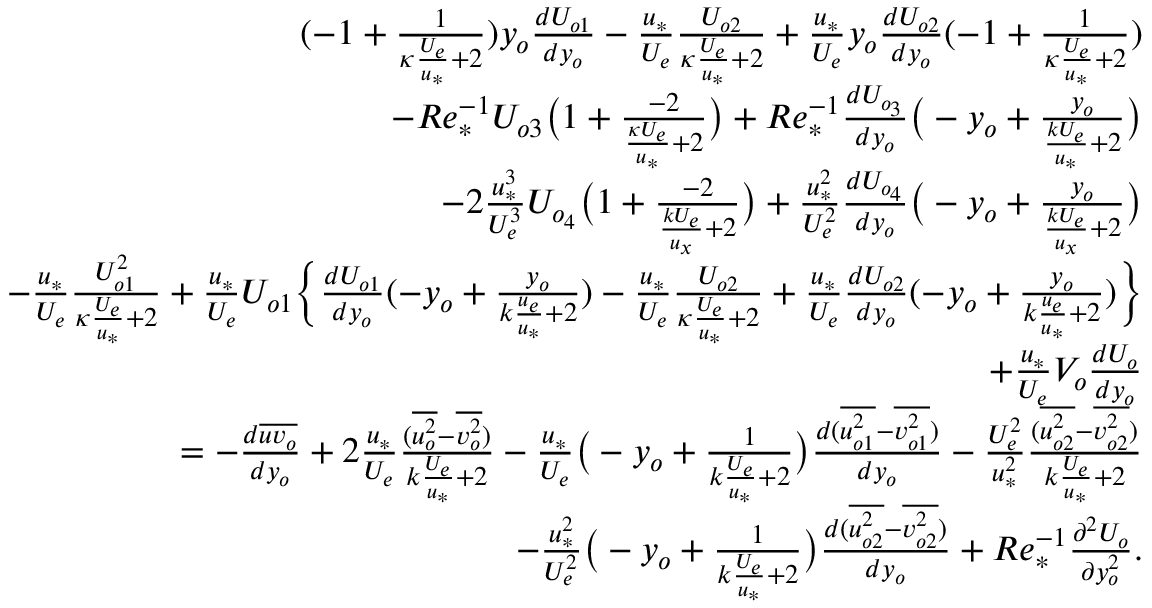
\begin{array} { r } { ( - 1 + \frac { 1 } { \kappa \frac { U _ { e } } { u _ { * } } + 2 } ) y _ { o } \frac { d U _ { o 1 } } { d y _ { o } } - \frac { u _ { * } } { U _ { e } } \frac { U _ { o 2 } } { \kappa \frac { U _ { e } } { u _ { * } } + 2 } + \frac { u _ { * } } { U _ { e } } y _ { o } \frac { d U _ { o 2 } } { d y _ { o } } ( - 1 + \frac { 1 } { \kappa \frac { U _ { e } } { u _ { * } } + 2 } ) } \\ { - R e _ { * } ^ { - 1 } U _ { o 3 } \big ( 1 + \frac { - 2 } { \frac { \kappa U _ { e } } { u _ { * } } + 2 } \big ) + R e _ { * } ^ { - 1 } \frac { d U _ { o _ { 3 } } } { d y _ { o } } \big ( - y _ { o } + \frac { y _ { o } } { \frac { k U _ { e } } { u _ { * } } + 2 } \big ) } \\ { - 2 \frac { u _ { * } ^ { 3 } } { U _ { e } ^ { 3 } } U _ { o _ { 4 } } \big ( 1 + \frac { - 2 } { \frac { k U _ { e } } { u _ { x } } + 2 } \big ) + \frac { u _ { * } ^ { 2 } } { U _ { e } ^ { 2 } } \frac { d U _ { o _ { 4 } } } { d y _ { o } } \big ( - y _ { o } + \frac { y _ { o } } { \frac { k U _ { e } } { u _ { x } } + 2 } \big ) } \\ { - \frac { u _ { * } } { U _ { e } } \frac { U _ { o 1 } ^ { 2 } } { \kappa \frac { U _ { e } } { u _ { * } } + 2 } + \frac { u _ { * } } { U _ { e } } U _ { o 1 } \Big \{ \frac { d U _ { o 1 } } { d y _ { o } } ( - y _ { o } + \frac { y _ { o } } { k \frac { u _ { e } } { u _ { * } } + 2 } ) - \frac { u _ { * } } { U _ { e } } \frac { U _ { o 2 } } { \kappa \frac { U _ { e } } { u _ { * } } + 2 } + \frac { u _ { * } } { U _ { e } } \frac { d U _ { o 2 } } { d y _ { o } } ( - y _ { o } + \frac { y _ { o } } { k \frac { u _ { e } } { u _ { * } } + 2 } ) \Big \} } \\ { + \frac { u _ { * } } { U _ { e } } V _ { o } \frac { d U _ { o } } { d y _ { o } } } \\ { = - \frac { d \overline { { u v _ { o } } } } { d y _ { o } } + 2 \frac { u _ { * } } { U _ { e } } \frac { ( \overline { { u _ { o } ^ { 2 } } } - \overline { { v _ { o } ^ { 2 } } } ) } { k \frac { U _ { e } } { u _ { * } } + 2 } - \frac { u _ { * } } { U _ { e } } \big ( - y _ { o } + \frac { 1 } { k \frac { U _ { e } } { u _ { * } } + 2 } \big ) \frac { d ( \overline { { u _ { o 1 } ^ { 2 } } } - \overline { { v _ { o 1 } ^ { 2 } } } ) } { d y _ { o } } - \frac { U _ { e } ^ { 2 } } { u _ { * } ^ { 2 } } \frac { ( \overline { { u _ { o 2 } ^ { 2 } } } - \overline { { v _ { o 2 } ^ { 2 } } } ) } { k \frac { U _ { e } } { u _ { * } } + 2 } } \\ { - \frac { u _ { * } ^ { 2 } } { U _ { e } ^ { 2 } } \big ( - y _ { o } + \frac { 1 } { k \frac { U _ { e } } { u _ { * } } + 2 } \big ) \frac { d ( \overline { { u _ { o 2 } ^ { 2 } } } - \overline { { v _ { o 2 } ^ { 2 } } } ) } { d y _ { o } } + R e _ { * } ^ { - 1 } \frac { \partial ^ { 2 } U _ { o } } { \partial y _ { o } ^ { 2 } } . } \end{array}